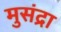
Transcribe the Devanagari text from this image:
मुसंद्रा